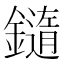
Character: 䥦